Annual report on the lock hospitals of the Madras Presidency
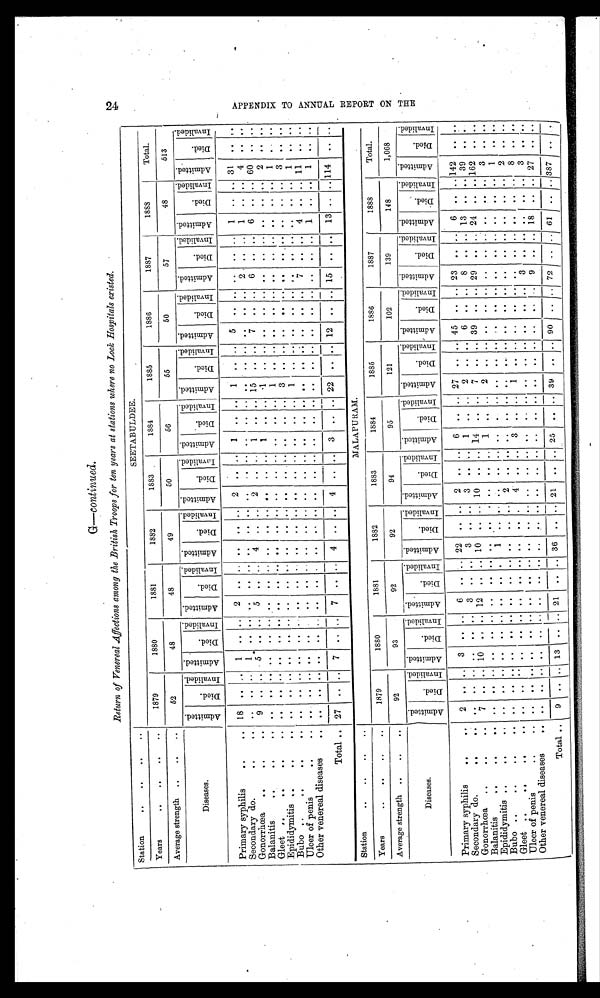
G— continued.
Return of Venereal Affections among the British Troops for ten years at stations where no Lock Hospitals existed.
Station
..
..
..
..
SEETABULDEE.
Years
..
..
..
..
1879
1880
1881
1882
1883
1884
1885
1886
1887
1888
Total.
Average strength
..
..
..
5 2
48
48
49
50
56
55
50
57
48
513
Diseases .
A d m i t t e d .
D i e d .
I n v a l i d e d .
Ad mi t t e d .
D i e d .
I n v a l i d e d .
A d m i t t e d .
D i e d .
I nval i ded.
A d m i t t e d .
D i e d .
I n v a l i d e d . A d m i t t e d .
Di e d .
I n v a l i d e d .
A d m i t t e d .
Di e d.
I n v a l i d e d . A d m i t t e d .
D i e d .
I n v a l i d e d . A d m i t t e d .
D i e d .
I n v a l i d e d .
A d m i t t e d .
D i e d .
I n v a l i d e d .
A d m i t t e d .
D i e d .
I n v a l i d e d . A d m i t t e d .
D i e d .
I n v a l i d e d .
Primary syphilis
..
. .
18
..
. . 1
. . ..
2
. . ..
. .
..
. . 2
..
. . 1
..
. .
1
. .
. .
5
..
. .
. .
. .
. .
1
3 1
. .
. .
Secondary do.
..
..
. .
. . 1
. .
. . ..
. . ..
. . ..
. .
..
. .
. .
. .
.. ..
. .
. .
. .
. . ..
. .
2
. .
. .
1
. . ..
4
. .
. .
Gonorrhœa
..
..
..
9
. .
. . 5
. .
. . 5
.. ..
4
.. ..
2
..
. . 1
..
. . 15
..
. . 7
. .
. . 6
. .
. . 6
. . .. 60
. .
. .
Balanitis
..
..
..
..
..
.. ..
.. ..
. .
.. ..
..
..
. . ..
..
. .
1
..
. .
1
. .
. . ..
.. ..
. .
. .
. . . .
. . ..
2
. .
. .
Gleet
..
..
..
..
..
. .
. .
. .
. .
. .
..
. . ..
. .
..
. . ..
..
. .
. .
. .
. .
1
. .
. .
. .
. .
. . ..
. . ..
. .
. . ..
1
. .
. .
Epididymitis ..
..
..
.. ..
. . ..
. . ..
.. .. ..
. .
..
. .
.. ..
. . . .
. .
. .
3
. .
. .
. .
. .
. . . .
..
. . . .
. . ..
3
. .
. .
Bubo ..
..
..
..
..
. .
. .
. .
. .
. . ..
. . ..
. .
..
. .
..
..
. . . .
. .
. . 1
. .
. . . .
. .
. . . .
. .
. . . .
.. ..
1
. .
. .
Ulcer of penis
..
..
. .
. . ..
. .
. . ..
. . ..
. . ..
. . ..
..
. .
. .
. .
. . ..
..
. .
. . ..
. . 7
. .
. . 4
.. ..
11
. .
. .
Other venereal diseases
..
. .
..
. .
. .
. .
. .
..
. . ..
. .
..
. .
. .
..
. .
. .
. .
. . ..
..
. .
..
..
. .
. .
. .
. . 1
. . ..
1
. .
. .
Total .. 27 .. ..
7
. . . . 7
.. ..
4
..
. . 4
..
. . 3
.. .. 22
..
. . 12
. . .. 15
. .
. . 13 .. .. 114 ..
. .
Station
..
. .
. .
. .
MALAPURAM.
Years
..
..
..
..
1879
1880
1881
1882
1883
1884
1885
1886
1887
1888
Total.
Average strength ..
..
..
92
93
92
92
94
95
121
102
139
148
1,068
Diseases.
A d m i t t e d .
D i e d .
I n v a l i d e d .
A d m i t t e d .
D i e d .
I n v a l i d e d .
A d m i t t e d .
D i e d .
I nval i ded.
A d m i t t e d .
D i e d .
I n v a l i d e d .
A d m i t t e d .
D i e d .
I n v a l i d e d .
A d m i t t e d .
D i e d .
I n v a l i d e d .
A d m i t t e d .
D i e d .
I n v a l i d e d . A d m i t t e d .
D i e d .
I n v a l i d e d . A d m i t t e d .
D i e d .
I n v a l i d e d . A d m i t t e d .
D i e d .
I nval i ded.
A d m i t t e d .
D i e d .
I n v a l i d e d .
Primary syphilis
..
. .
2
. .
. . 3
. .
. . 6
. . ..
22
..
. . 2
..
. .
6
. .
. . 27
. .
. . 45
. .
. . 23
. .
. . 6
.. .. 142
. .
. .
Secondary do.
..
..
..
. . ..
.. .. ..
3
. . ..
3
..
. . 3
..
. . 1
..
. . 2
. .
. . 6
. .
. . 8
. .
. . 13
.. ..
39
. .
. .
Gonorrhœa
..
7
. .
. . 10
. .
. . 12 .. ..
10
..
. . 10
..
. .
1 4
. . ..
7
. .
. .
3 9
..
. .
2 9 ..
. . 24
.. .. 162
. .
. .
Balanitis
..
..
..
..
. .
. .
. .
. .
. .
..
. . ..
. . ..
. . ..
..
. .
1
. .
. .
2
. .
. .
. . ..
. .
. .
. .
. .
. .
. . ..
3
. . ..
Epididymitis ..
..
..
. .
. .
. .
. .
. .
..
. .
..
1
..
. . ..
..
. .
. .
. .
. .
. .
. .
. .
. .
. .
. .
. .
. .
. .
. .
.. ..
1
. .
. .
Bubo ..
..
..
..
. .
. .
.. ..
. . ..
.. ..
. .
..
. .
2
..
. .
. .
. .
. .
. .
. .
. . . .
..
. . . .
. .
. .
. .
. . ..
2
. . ..
Gleet ..
..
..
. .
. .
. .
. .
. .
..
. . ..
. .
..
. .
4
..
. .
3
. .
. .
1
. .
. .
. . ..
. .
. .
. .
. .
. .
. .
. .
8
. .
. .
Ulcer of penis
..
..
. .
. . ..
. .
. . ..
. . ..
. . ..
. .
..
..
. .
. .
. .
. .
. .
. .
. .
. . ..
. .
3
. .
. . . .
. . ..
3
..
. .
Other venereal diseases
..
. .
. . ..
. .
. . ..
. . ..
. .
..
. .
..
..
. .
. .
. .
. .
. .
. .
. .
. . ..
. .
9
..
. .
1 8
. . ..
27
. .
. .
Total
9
. .
. .
13
. .
. .
21
. . ..
36
..
. . 21
..
. . 25
. .
. . 39
. .
. .
90
. . .. 72
..
. .
6 1
. . ..
387
. .
. .
2 4 A P P E N D I X T O A N N U A L R E P O R T O N T H E